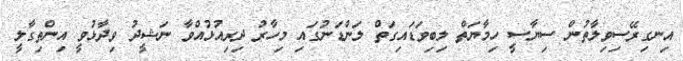
އިނގިރޭސިވިލާތުން ސިޔާސީ ހިމާޔަތް ލިބިވަޑައިގަތް ލަންޑަނުގައި މިހާރު ދިރިއުޅުއްވާ ނަޝީދު ވިދާޅުވީ އިންތިގާލީ